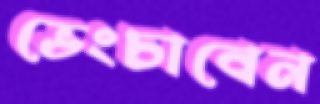
ভেংচাবেন